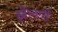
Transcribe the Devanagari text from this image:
झेलणे